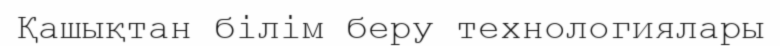
Қашықтан білім беру технологиялары